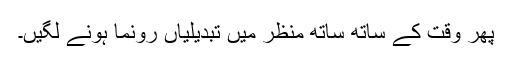
پھر وقت کے ساتھ ساتھ منظر میں تبدیلیاں رونما ہونے لگیں۔